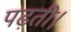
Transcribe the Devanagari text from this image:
पढ़ती।